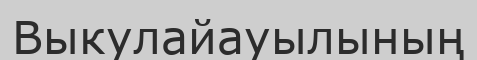
Выкулайауылының